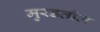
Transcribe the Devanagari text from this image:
मुरडतील